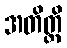
အတိတ္တိ